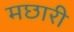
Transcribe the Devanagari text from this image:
मछारी